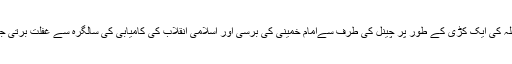
اسی سلسلہ کی ایک کڑی کے طور پر چینل کی طرف سےامام خمینیؒ کی برسی اور اسلامی انقلاب کی کامیابی کی سالگرہ سے غفلت برتی جاتی ہے۔